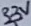
Text: 3.3V